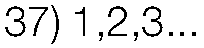
37) 1,2,3...